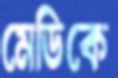
মেডিকে